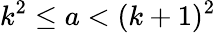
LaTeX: k^{2}\leq a<(k+1)^{2}